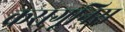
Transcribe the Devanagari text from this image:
करागूनिस